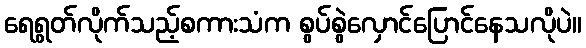
ရေရွတ်လိုက်သည့်စကားသံက စွပ်စွဲလှောင်ပြောင်နေသလိုပဲ။